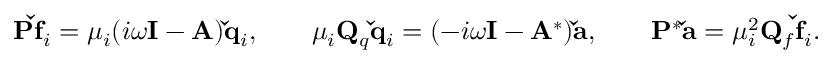
\begin{array} { r l r } { \mathbf { P \check { f } } _ { i } = \mu _ { i } ( i \omega \mathbf { I } - \mathbf { A } ) \mathbf { \check { q } } _ { i } , \; \; \; \; } & { { } \mu _ { i } \mathbf { Q } _ { q } \mathbf { \check { q } } _ { i } = ( - i \omega \mathbf { I } - \mathbf { A } ^ { * } ) \mathbf { \check { a } } , \; \; \; \; } & { \mathbf { P } ^ { * } \mathbf { \check { a } } = \mu _ { i } ^ { 2 } \mathbf { Q } _ { f } \mathbf { \check { f } } _ { i } . } \end{array}